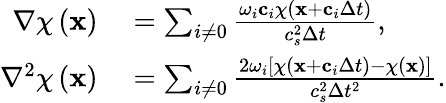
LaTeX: \begin{array}{rl}{\nabla\chi\left(\mathbf{x}\right)}&{{}=\sum_{i\neq 0}\frac{\omega_{i}\mathbf{c}_{i}\chi\left(\mathbf{x}+\mathbf{c}_{i}\Delta t\right)}{c_{s}^{2}\Delta t},}\\ {\nabla^{2}\chi\left(\mathbf{x}\right)}&{{}=\sum_{i\neq 0}\frac{2\omega_{i}\left[\chi\left(\mathbf{x}+\mathbf{c}_{i}\Delta t\right)-\chi\left(\mathbf{x}\right)\right]}{c_{s}^{2}\Delta t^{2}}.}\end{array}